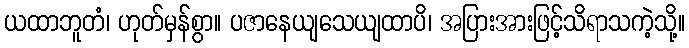
ယထာဘူတံ၊ ဟုတ်မှန်စွာ။ ပဇာနေယျသေယျထာပိ၊ အပြားအားဖြင့်သိရာသကဲ့သို့။